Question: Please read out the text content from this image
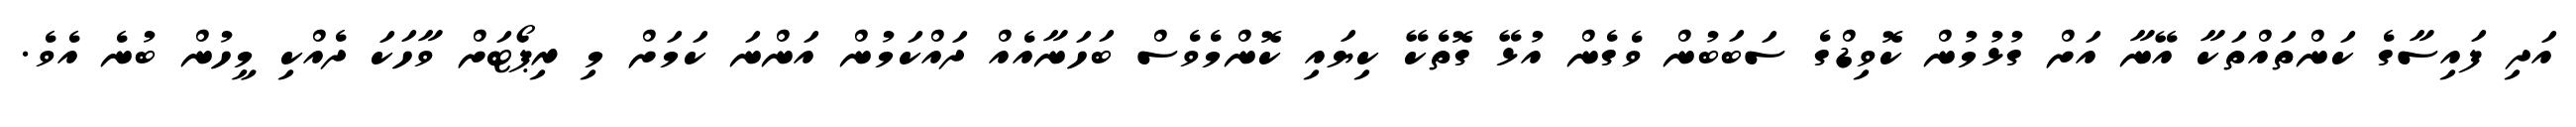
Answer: އަދި ފައިސާގެ ކަންތައްތަކާ އޭނާ އަށް ގުޅުމުން ކޮވިޑްގެ ސަބަބުން ވެގެން އުޅޭ ގޮތެކޭ ކިޔައި ކޮންމެވެސް ބަހަނާއެއް ދައްކަމުން އަންނަ ކަމަށް މި ރިޕޯޓަށް ވާހަކަ ދެއްކި މީހުން ބުނެ އެވެ.